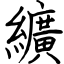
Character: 纊